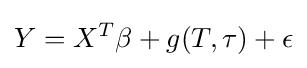
Y=X^{T}\beta +g(T,\tau )+\epsilon